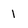
Character: 1